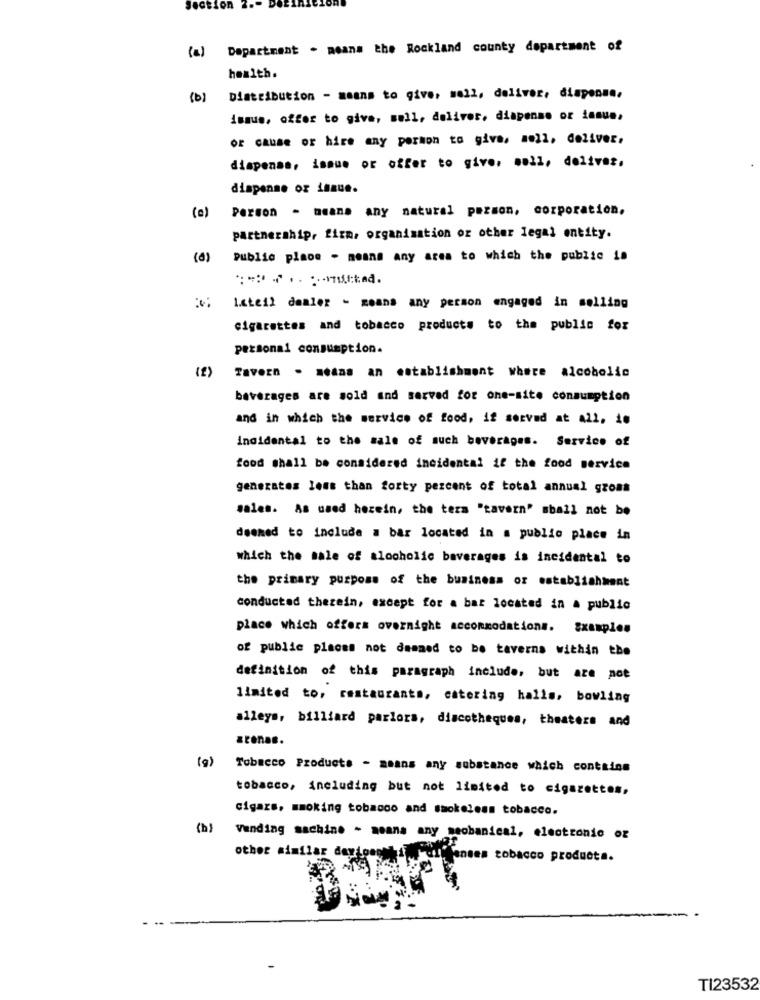
Section ".
Department . means the Rockland county department of
(a)
health.
( b )
Distribution - means to give, mell, deliver, dispensa.
ismus, offer to give, mull, deliver, dispense or iasue,
or cause or hire any person to give, 1011, deliver.
diapenas, issue or offer to give, moll, delivez.
dispense or isaue.
Person - means any natural person, corporation,
(c)
partnership, firm, organisation or other legal entity.
Public place - means any area to which the public is
1.cteil dealer - means any person engaged in selling
cigarettes and tobacco products to the public for
personal consumption.
(2)
Tavern . means an establishment where alcoholic
beverages are sold and served for one-site consumption
and in which the service of food, if served at all, in
Incidental to the sale of such beverages. Service of
food shall be considered incidental if the food service
generates less than forty percent of total annual gross
sales. As used herein, the ters "tavern" mball not be
deemed to include a bar located in a public place in
which the sale of alocholic baverages is incidental to
the primary purpose of the business or establishment
conducted thezein, except for a bar located in a public
place which offers overnight accommodations. Examples
of public places not deemed to be taverna within the
definition of this paragraph include, but are not
limited to, restaurants, catering halls, bowling
alleys, billiard parlors, discotheques, theaters and
arenas.
(g)
Tobacco Products - means any substance which contains
tobacco, including but not limited to cigarettes,
cigars, smoking tobacco and smokeless tobacco.
(b)
Vending machine - means any seobanical, electronic oz
other similar dewipeout af
Penses tobacco products.
TI23532